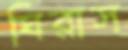
ঘিরাস